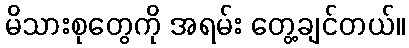
မိသားစုတွေကို အရမ်း တွေ့ချင်တယ်။